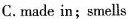
C.made in;smells